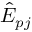
\hat { E } _ { p j }